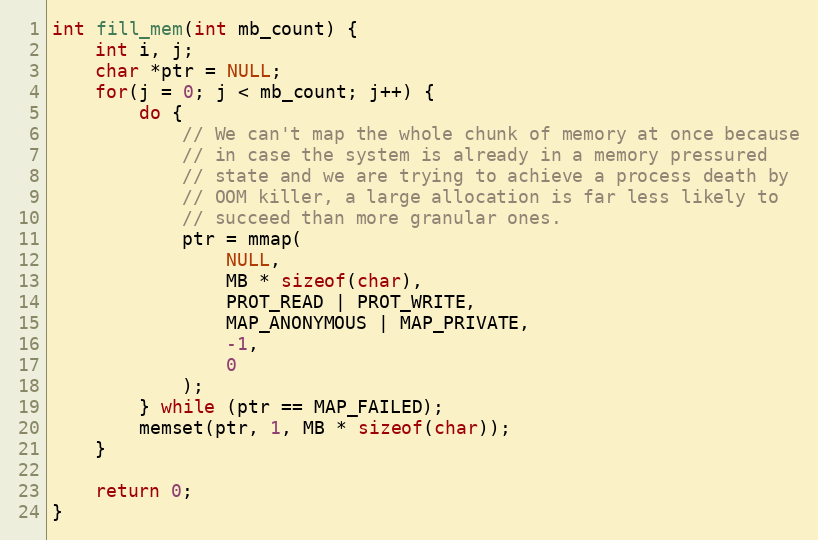
Language: C
int fill_mem(int mb_count) {
    int i, j;
    char *ptr = NULL;
    for(j = 0; j < mb_count; j++) {
        do {
            // We can't map the whole chunk of memory at once because
            // in case the system is already in a memory pressured
            // state and we are trying to achieve a process death by
            // OOM killer, a large allocation is far less likely to
            // succeed than more granular ones.
            ptr = mmap(
                NULL,
                MB * sizeof(char),
                PROT_READ | PROT_WRITE,
                MAP_ANONYMOUS | MAP_PRIVATE,
                -1,
                0
            );
        } while (ptr == MAP_FAILED);
        memset(ptr, 1, MB * sizeof(char));
    }

    return 0;
}